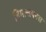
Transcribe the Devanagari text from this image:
हिमालयनस